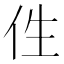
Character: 𠇷